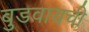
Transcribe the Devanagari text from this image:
बुडवायची